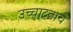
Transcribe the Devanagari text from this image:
उच्चाटनाचे